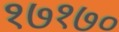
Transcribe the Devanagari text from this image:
१७१७०